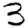
Digit: 3